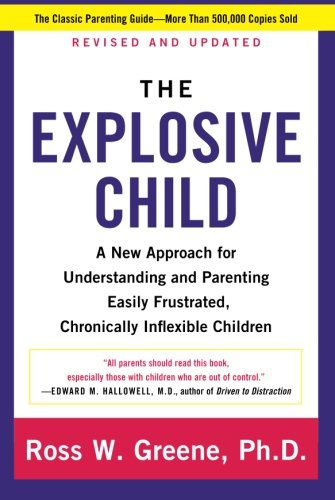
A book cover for The Explosive Child: A New Approach for Understanding and Parenting Easily Frustrated, Chronically Inflexible Children; Ross W. Greene PhD; Parenting & Relationships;